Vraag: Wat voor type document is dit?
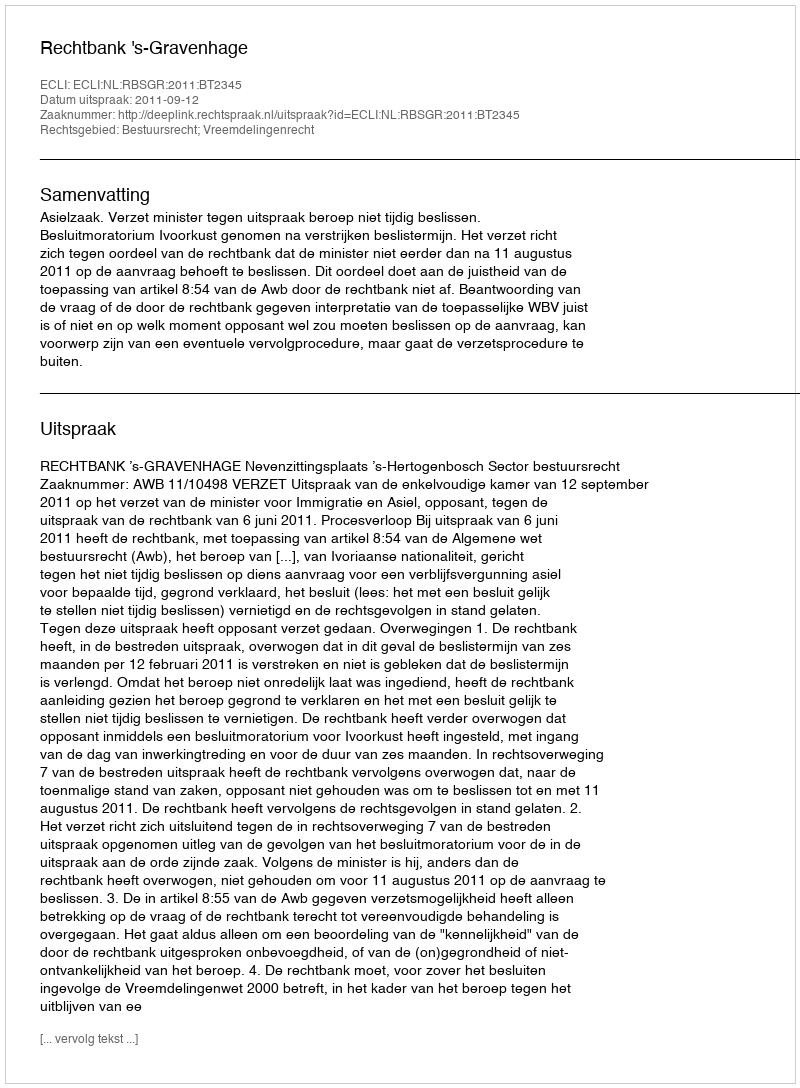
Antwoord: Uitspraak